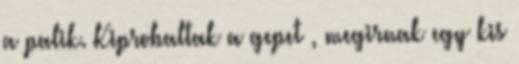
a palik. Kiprobaltak a gepet , megirnak egy kis